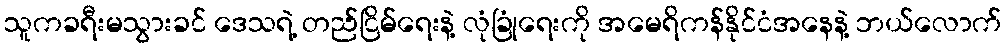
သူကခရီးမသွားခင် ဒေသရဲ့ တည်ငြိမ်ရေးနဲ့ လုံခြုံရေးကို အမေရိကန်နိုင်ငံအနေနဲ့ ဘယ်လောက်